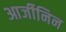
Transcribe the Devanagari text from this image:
आर्जीनिन